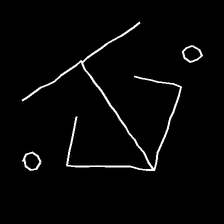
Glyph: earth